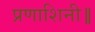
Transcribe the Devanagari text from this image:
प्रणाशिनी॥